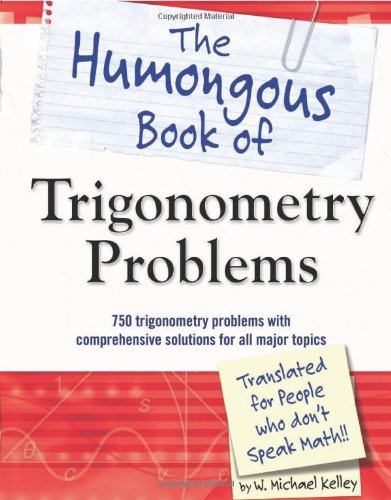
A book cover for The Humongous Book of Trigonometry Problems; W. Michael Kelley; Science & Math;